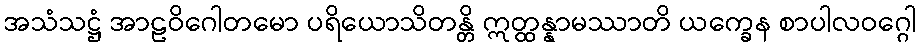
အသံသဋ္ဌံ အာဠဝိဂေါတမော ပရိယောသိတန္တိ ဣတ္ထန္နာမဿာတိ ယက္ခေန စာပါလဝဂ္ဂေါ